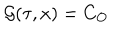
LaTeX: { \cal G } ( \tau , x ) = C _ { \cal { O } }